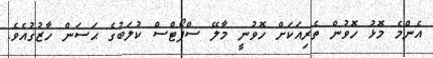
އެންމެ މޮޅު ހޮވުން ތެެރިއަކަށް ހޮވުނީ މާލޭ ސްޕޯޓްސް ކުލަބުގެ ޙަސަން ހާޒުގުއެވެ.